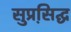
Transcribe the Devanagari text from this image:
सुप्रसि़द्घ